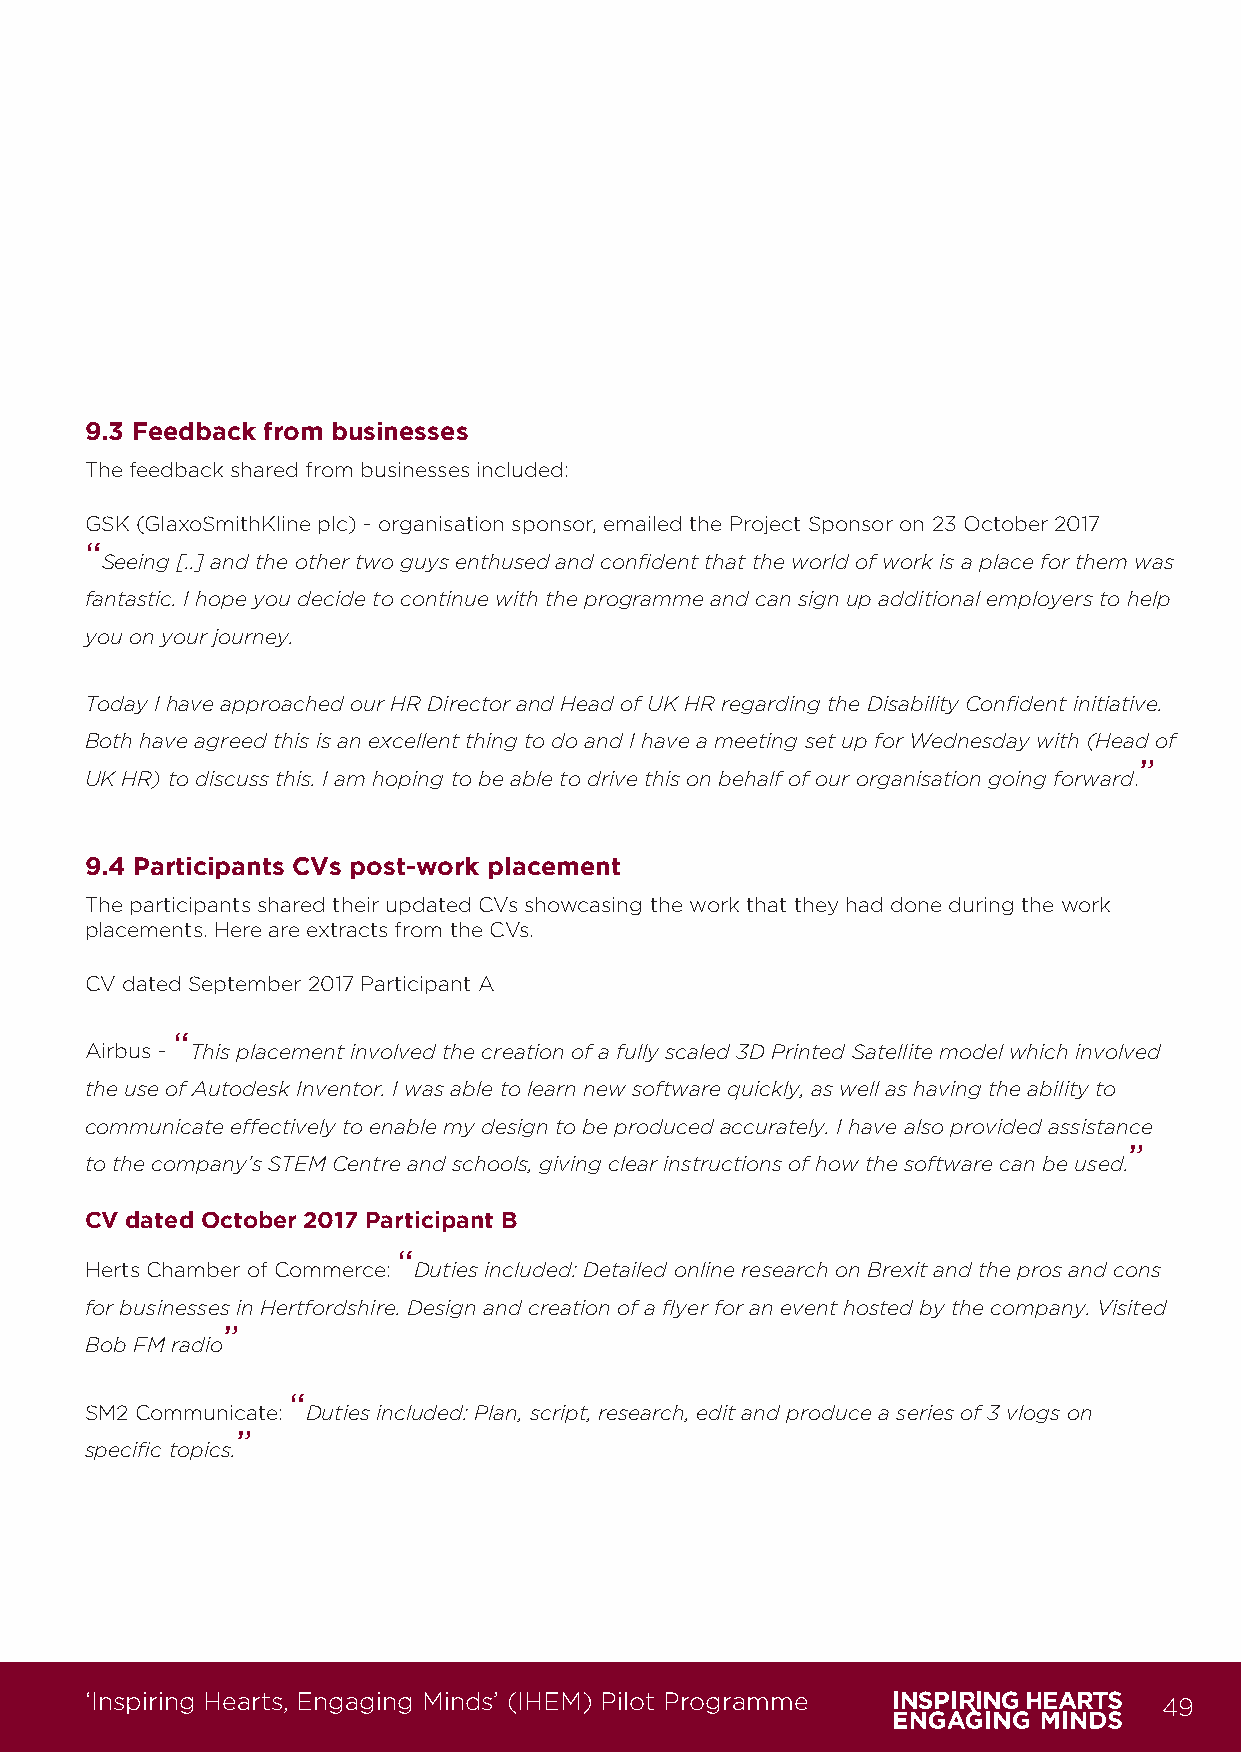
9.3 Feedback from businesses
 The feedback shared from businesses included:
 GSK (GlaxoSmithKline plc) - organisation sponsor, emailed the Project Sponsor on 23 October 2017
 “
 Seeing [..] and the other two guys enthused and confident that the world of work is a place for them was
 fantastic. I hope you decide to continue with the programme and can sign up additional employers to help
 you on your journey.
 Today I have approached our HR Director and Head of UK HR regarding the Disability Confident initiative.
 Both have agreed this is an excellent thing to do and I have a meeting set up for Wednesday with (Head of
 ”
 UK HR) to discuss this. I am hoping to be able to drive this on behalf of our organisation going forward.
 9.4 Participants CVs post-work placement
 The participants shared their updated CVs showcasing the work that they had done during the work
 placements. Here are extracts from the CVs.
 CV dated September 2017 Participant A
 “
 Airbus - This placement involved the creation of a fully scaled 3D Printed Satellite model which involved
 the use of Autodesk Inventor. I was able to learn new software quickly, as well as having the ability to
 communicate effectively to enable my design to be produced accurately. I have also provided assistance
 ”
 to the company’s STEM Centre and schools, giving clear instructions of how the software can be used.
 CV dated October 2017 Participant B
 “
 Herts Chamber of Commerce: Duties included: Detailed online research on Brexit and the pros and cons
 for businesses in Hertfordshire. Design and creation of a flyer for an event hosted by the company. Visited
 ”
 Bob FM radio
 “
 SM2 Communicate: Duties included: Plan, script, research, edit and produce a series of 3 vlogs on
 ”
 specific topics.
 ‘Inspiring Hearts, Engaging Minds’ (IHEM) Pilot Programme              49
 IHEM-Evaluation-Summary-Report_Brand Compliant.indd 49                  29/09/2020 06:59:30